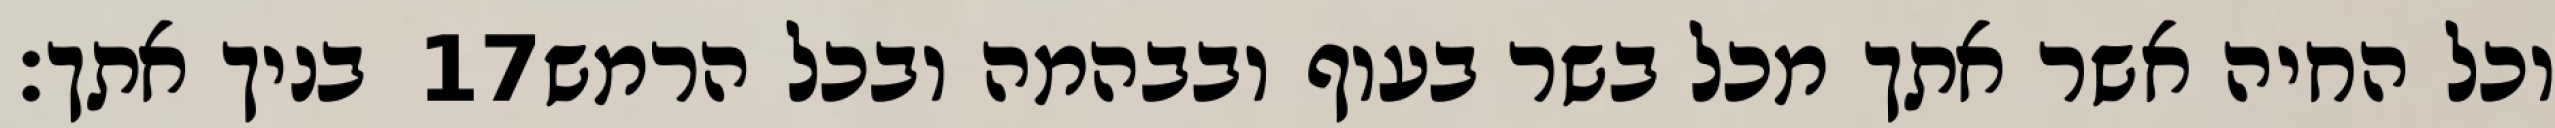
בניך אתך׃ ‎17‏ וכל החיה אשר אתך מכל בשר בעוף ובבהמה ובכל הרמש